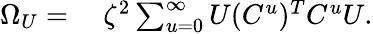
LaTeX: \begin{array}{rl}{\Omega_{U}=}&{{}\ \zeta^{2}\sum_{u=0}^{\infty}{U(C^{u})^{T}C^{u}U}.}\end{array}